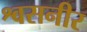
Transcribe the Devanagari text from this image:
श्वसनीर